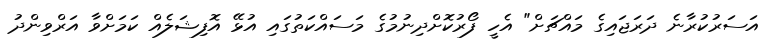
އަސަރުކުރާނެ ދަރަޖައިގެ މައްޗަށް" އެހީ ފޯރުކޮށްދިނުމުގެ މަސައްކަތުގައި އުޅޭ އޮފިޝަލެއް ކަމަށްވާ އަރްވިންދު